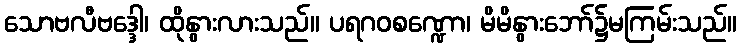
သောဗလီဗဒ္ဒေါ၊ ထိုနွားလားသည်။ ပရဂဝစဏ္ဍော၊ မိမိနွားဘော်၌မကြမ်းသည်။